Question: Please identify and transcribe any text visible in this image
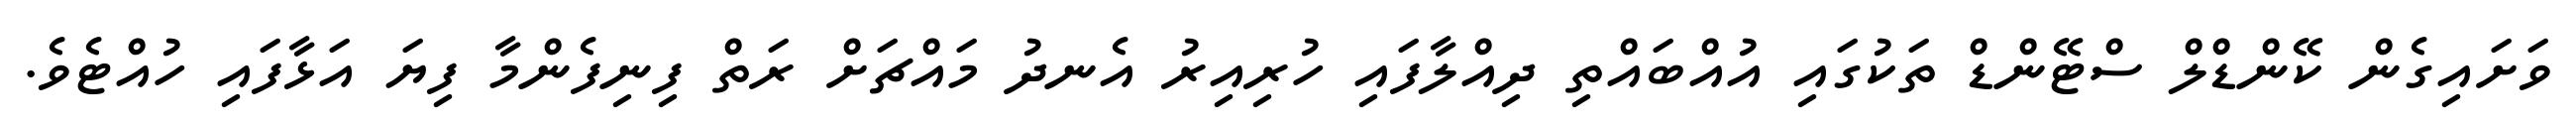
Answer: ވަށައިގެން ކޭންޑްލް ސްޓޭންޑް ތަކުގައި އުއްބައްތި ދިއްލާފައި ހުރިއިރު އެނދު މައްޗަށް ރަތް ފިނިފެންމާ ފިޔަ އަޅާފައި ހުއްޓެވެ.